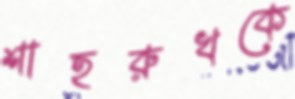
শাহরুখকে